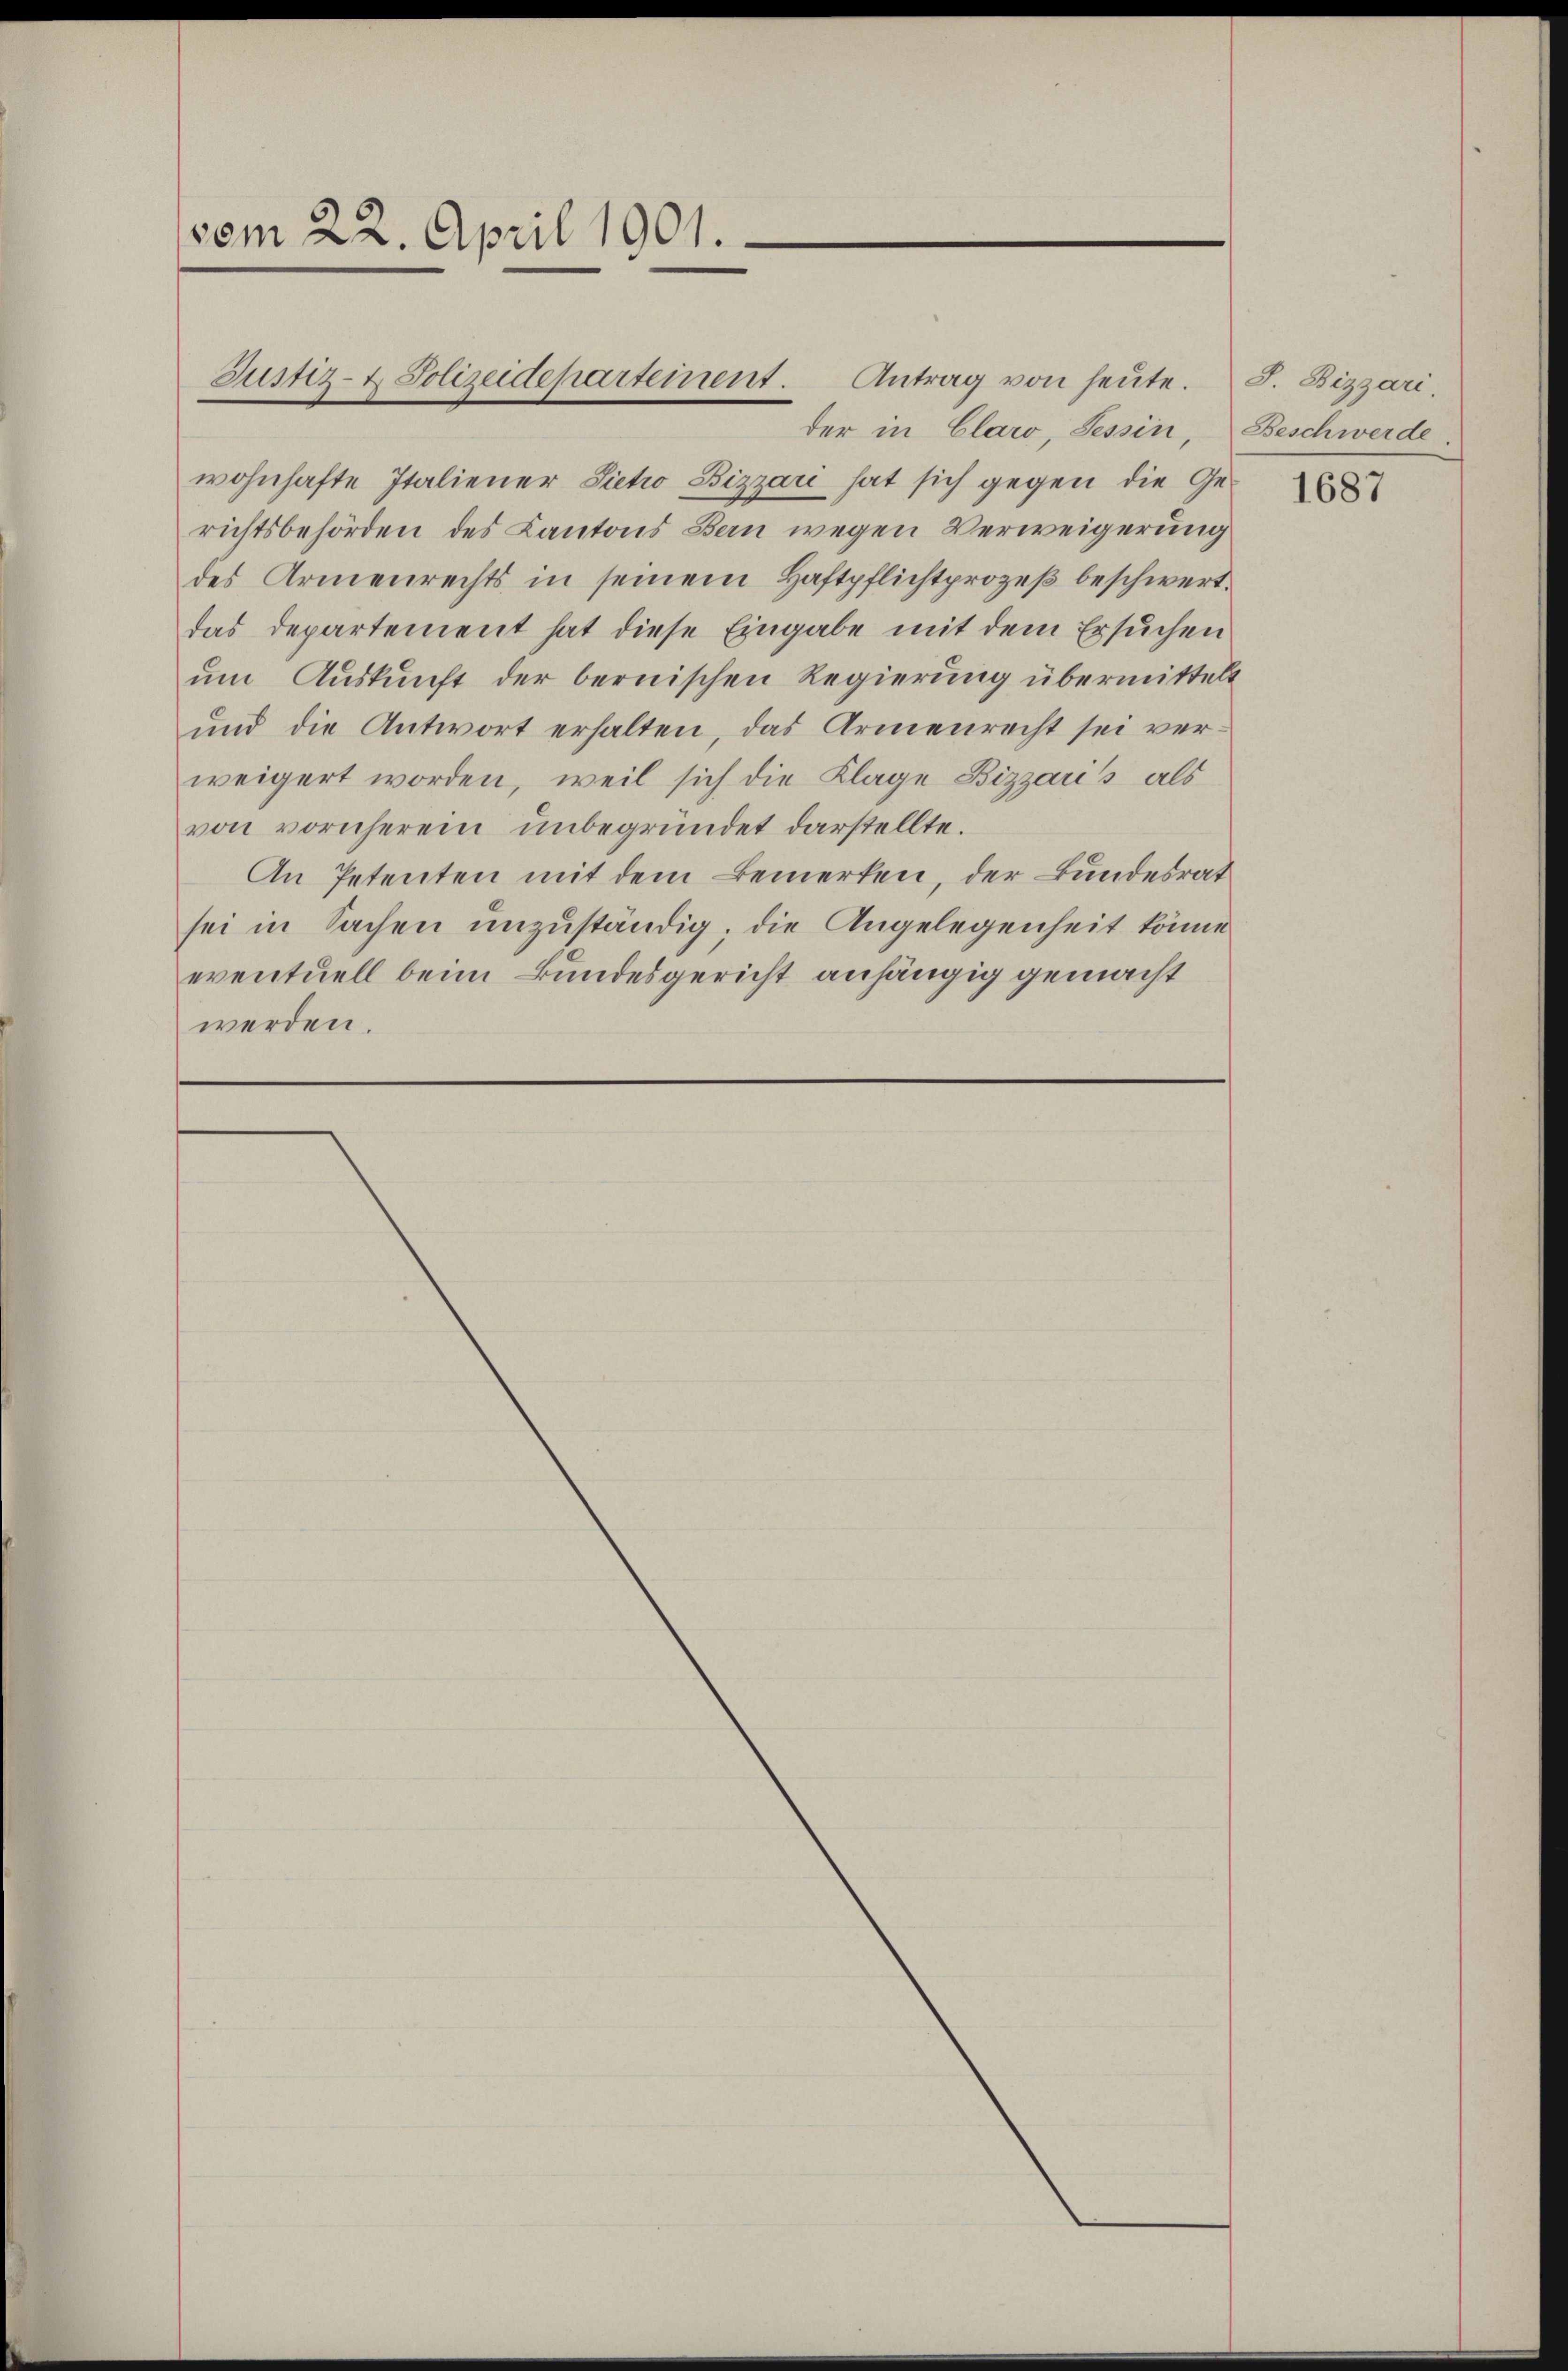
vom 22. April 1901.

Justiz- & Polizeidepartement. Antrag von heŭte.

der in Claro, Tessin, Beschwerde
wohnhafte Italiener Sicho Bizzari hat sich gegen die Ge-
richtsbehörden des Kantons Bern wegen Verweigerung
des Armenrechts in seinem Haftpflichtprozeß beschwert.
das Departement hat diese Eingabe mit dem Ersuchen
um Auskunft der bernischen Regierung übermittelt
und die Antwort erhalten, das Armenrecht sei ver-
weigert worden, weil sich die Klage Bizzaris als
von vornherein unbegründet darstellte.
An Petenten mit dem Bemerken, der Bundesrat
sei in Sachen unzuständig; die Angelegenheit könne
eventuell beim Bundesgericht anhängig gemacht
werden.

J. Bizzari

1687